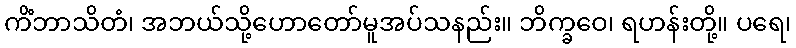
ကိံဘာသိတံ၊ အဘယ်သို့ဟောတော်မူအပ်သနည်း။ ဘိက္ခဝေ၊ ရဟန်းတို့။ ပရေ၊